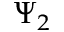
\Psi _ { 2 }